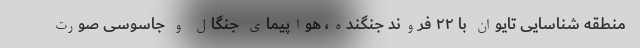
منطقه شناسایی تایوان با ۲۲ فروند جنگنده، هواپیمای جنگال و جاسوسی صورت